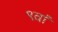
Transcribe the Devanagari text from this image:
९वां